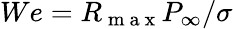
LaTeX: We=R_{\mathrm{~m~a~x~}}P_{\infty}/\sigma